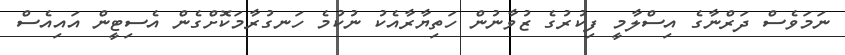
ނަމަވެސް ދަރްނާގެ އިސްލާމީ ފިކުރުގެ ޒުވާނުން ހަތިޔާރާއެކު ނުކުމެ ހަނގުރާމަކޮށްގެން އެސިޓީން އައިއެސް